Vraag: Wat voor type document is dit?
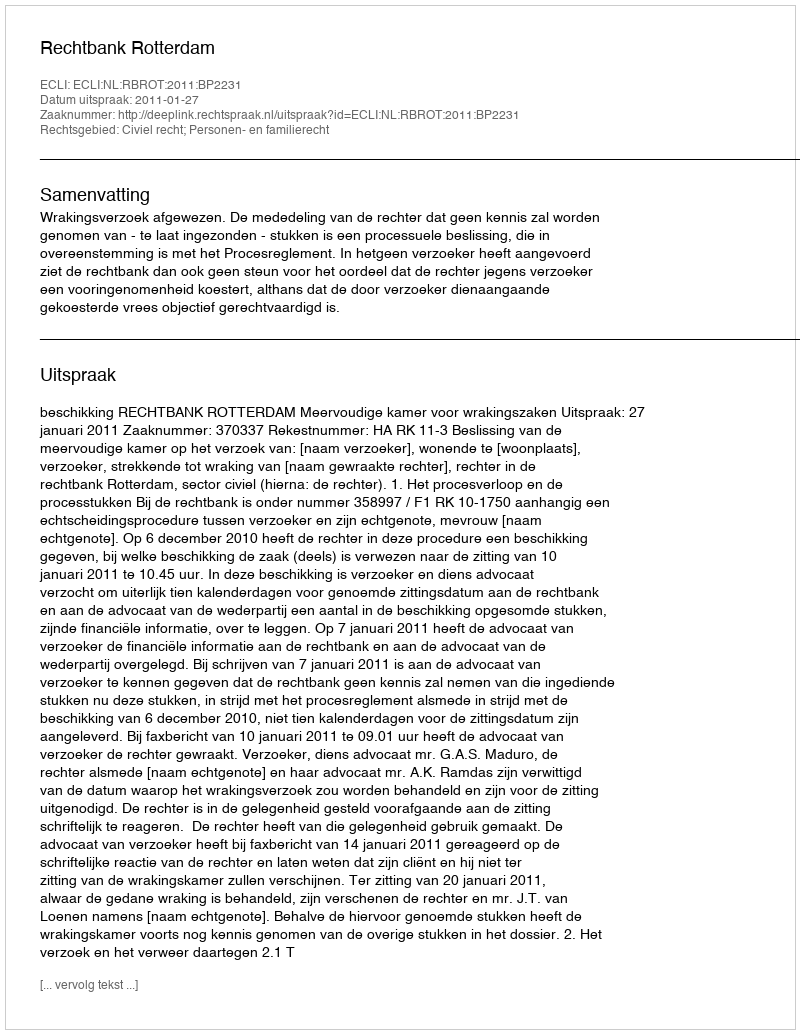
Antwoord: Uitspraak